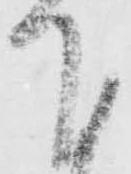
下